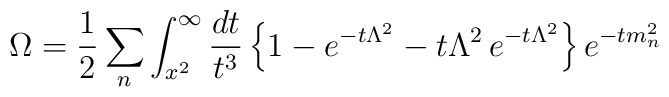
\Omega=\frac{1}{2}\sum_{n}\int_{x^2}^{\infty} \frac{dt}{t^3}\left\{ 1-e^{-t \Lambda^2}-t \Lambda^2 \, e^{-t \Lambda^2}\right\} e^{-t m_n^2}